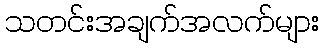
သတင်းအချက်အလက်များ